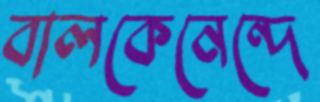
বালকেনেন্দে